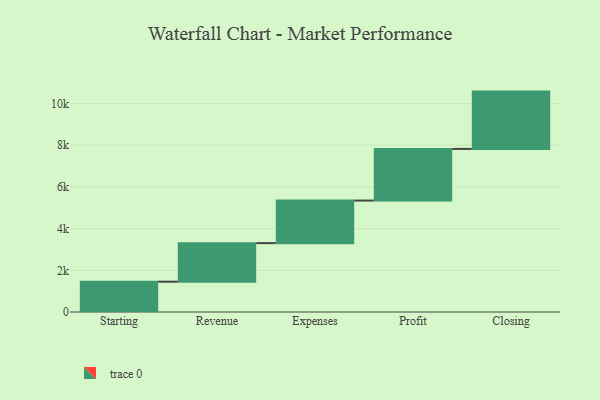
{"axis": {"x": "Step", "y": "Value"}, "legend": [""], "data": [{"x": "Starting", "y": 1454.0, "type": ""}, {"x": "Revenue", "y": 1849.0, "type": ""}, {"x": "Expenses", "y": 2042.0, "type": ""}, {"x": "Profit", "y": 2477.0, "type": ""}, {"x": "Closing", "y": 2749.0, "type": ""}]}